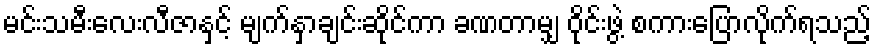
မင်းသမီးလေးလီဇာနှင့် မျက်နှာချင်းဆိုင်ကာ ခဏတာမျှ ဝိုင်းဖွဲ့ စကားပြောလိုက်ရသည့်